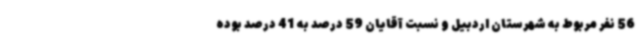
56 نفر مربوط به شهرستان اردبیل و نسبت آقایان 59 درصد به 41 درصد بوده